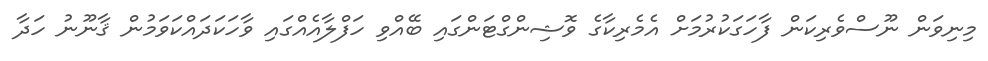
މިނިވަން ނޫސްވެރިކަން ފާހަގަކުރުމަށް އެމެރިކާގެ ވޮޝިންގްޓަންގައި ބޭއްވި ހަފްލާއެއްގައި ވާހަކަދައްކަވަމުން ޤާނޫނު ހަދާ